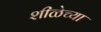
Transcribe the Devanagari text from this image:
शीळेच्या